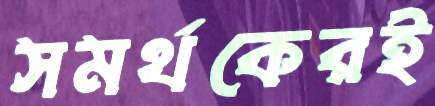
সমর্থকেরই